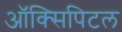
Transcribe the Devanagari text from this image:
ऑक्सिपिटल